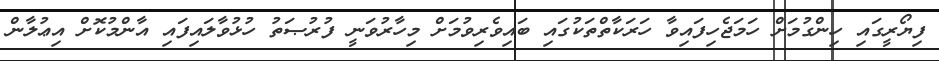
ފިޔޯރީގައި ހިންގުމަށް ހަމަޖެހިފައިވާ ހަރަކާތްތަކުގައި ބައިވެރިވުމަށް މިހާރުވަނީ ފުރުޞަތު ހުޅުވާލައިފައި އާންމުކޮށް އިޢުލާން